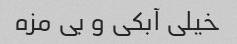
خیلی آبکی و بی مزه